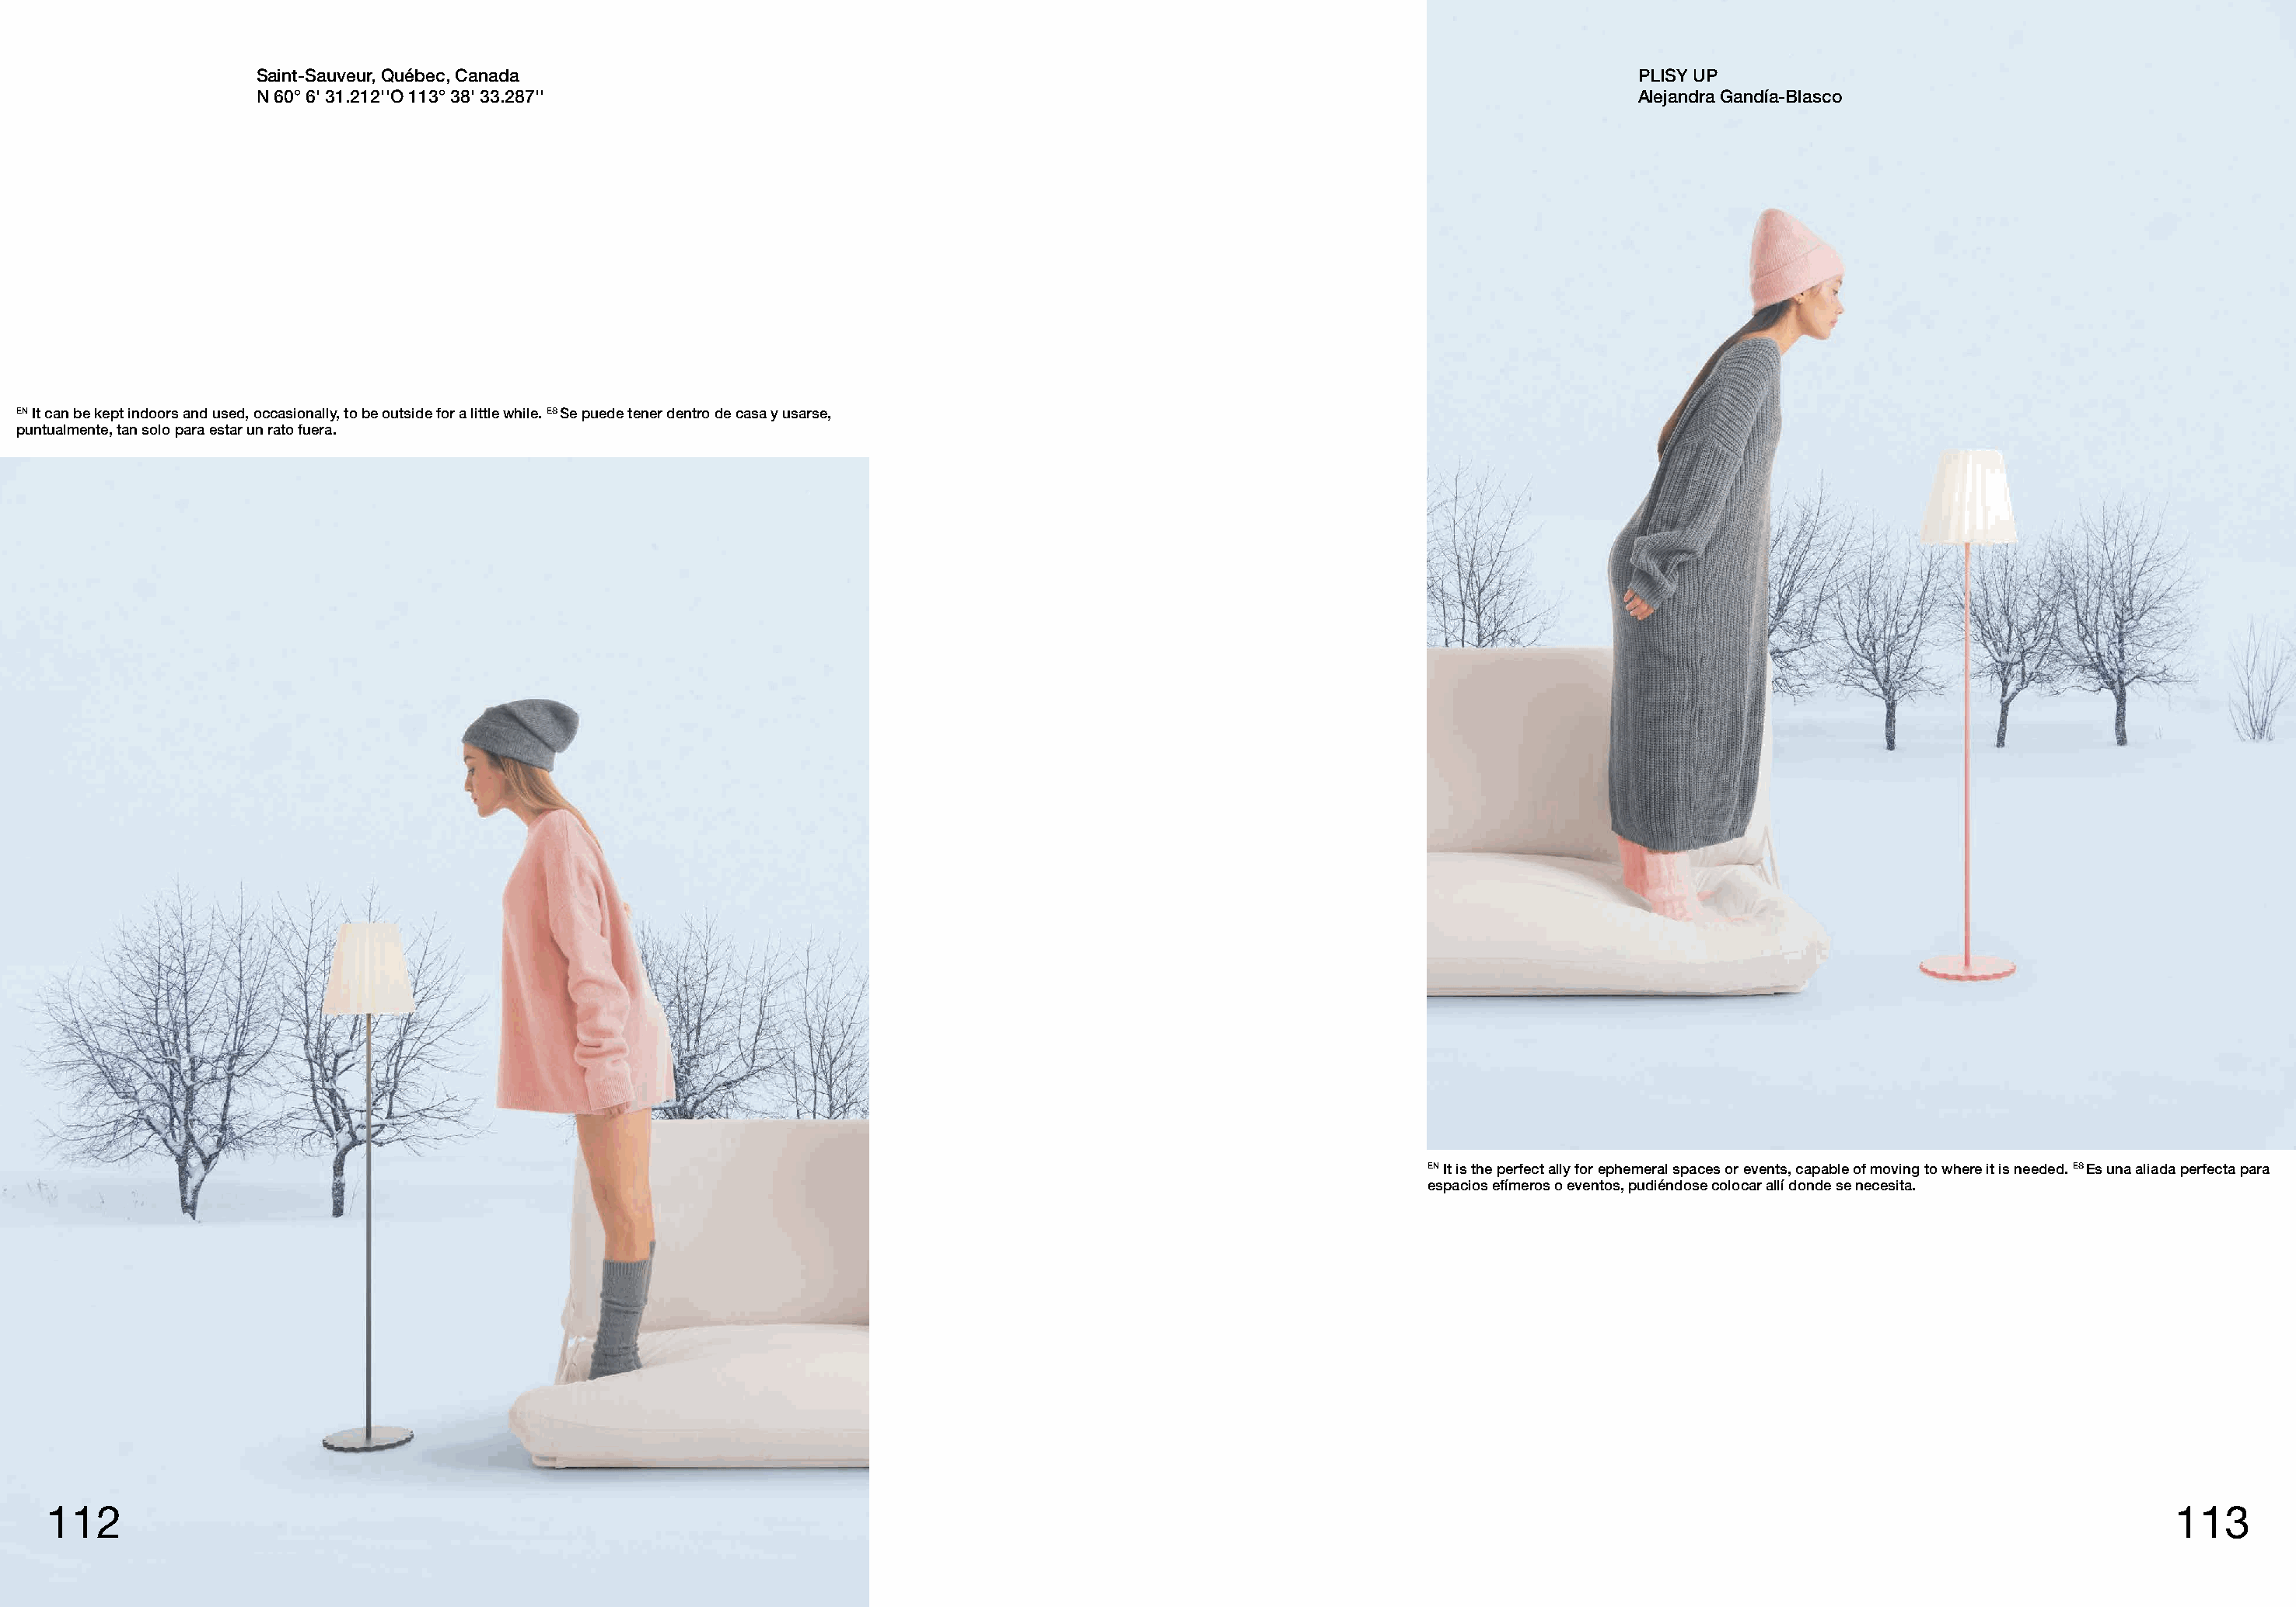
Saint-Sauveur, Québec, Canada                                                                                        PLISY UP
 N 60° 6' 31.212''O 113° 38' 33.287''                                                                                 Alejandra Gandía-Blasco
 EN It can be kept indoors and used, occasionally, to be outside for a little while. ES Se puede tener dentro de casa y usarse,
 puntualmente, tan solo para estar un rato fuera.
 EN It is the perfect ally for ephemeral spaces or events, capable of moving to where it is needed. ES Es una aliada perfecta para
 espacios efímeros o eventos, pudiéndose colocar allí donde se necesita.
 112                                                                                                                                                                                  113